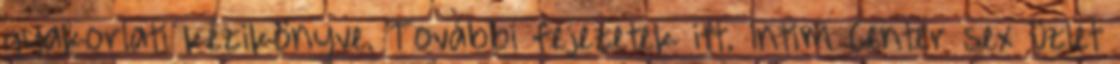
gyakorlati kézikönyve. További fejezetek itt. Intim Center sex üzlet